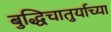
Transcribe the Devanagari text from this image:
बुद्धिचातुर्याच्या